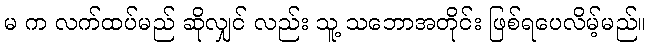
မ က လက်ထပ်မည် ဆိုလျှင် လည်း သူ့ သဘောအတိုင်း ဖြစ်ရပေလိမ့်မည်။